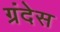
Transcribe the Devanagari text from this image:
ग्रंदेस